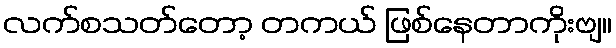
လက်စသတ်တော့ တကယ် ဖြစ်နေတာကိုးဗျ။